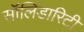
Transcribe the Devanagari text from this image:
सॉलिडारिटी